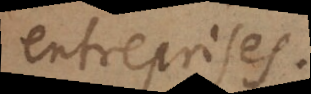
entreprises.